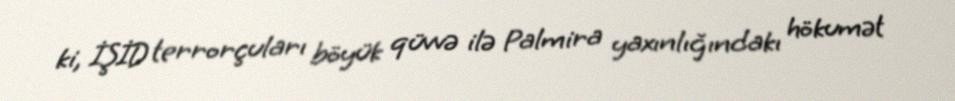
ki, İŞİD terrorçuları böyük qüvvə ilə Palmira yaxınlığındakı hökumət